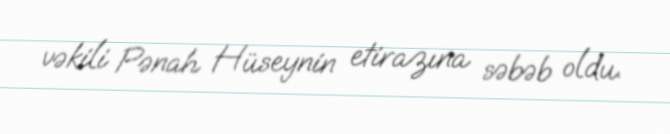
vəkili Pənah Hüseynin etirazına səbəb oldu.